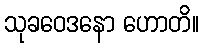
သုခဝေဒနော ဟောတိ။